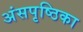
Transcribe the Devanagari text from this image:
अंसपृष्ठिका